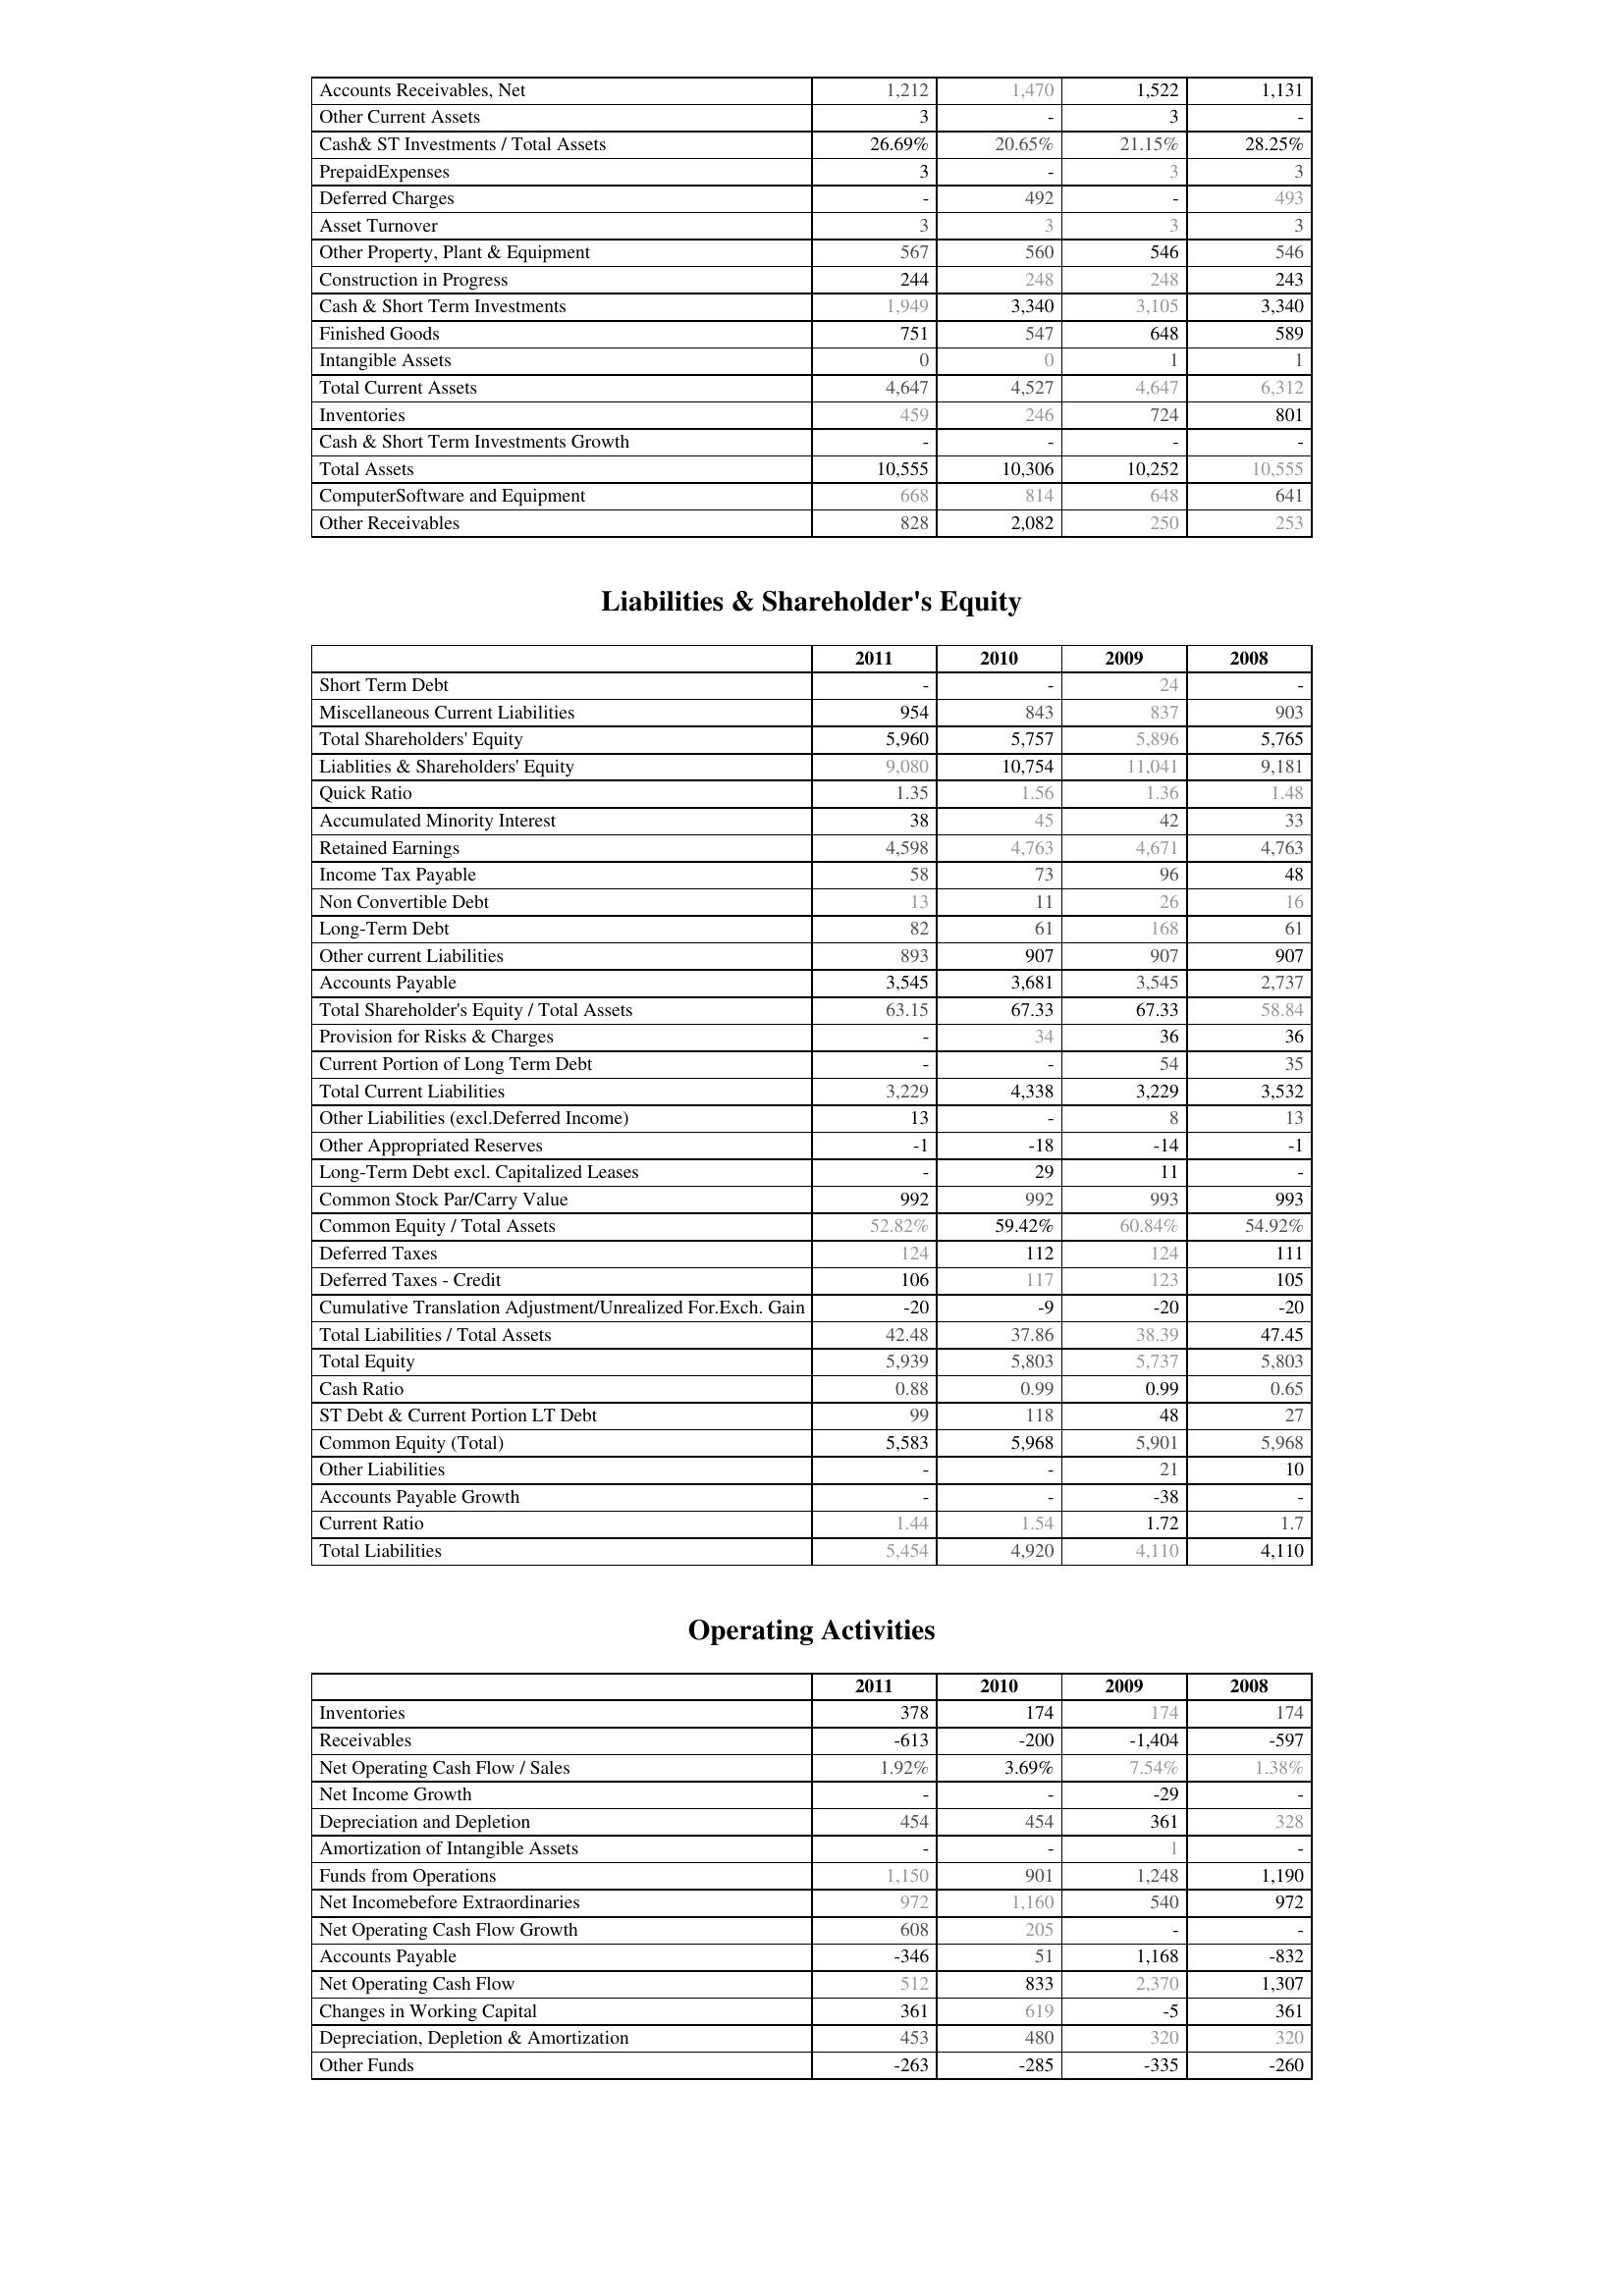
2011: Assets: Accounts Receivables, Net: 1,212
Other Current Assets: 3
Cash& ST Investments / Total Assets: 26.69%
PrepaidExpenses: 3
Deferred Charges: -
Asset Turnover: 3
Other Property, Plant & Equipment: 567
Construction in Progress: 244
Cash & Short Term Investments: 1,949
Finished Goods: 751
Intangible Assets: 0
Total Current Assets: 4,647
Inventories: 459
Cash & Short Term Investments Growth: -
Total Assets: 10,555
ComputerSoftware and Equipment: 668
Other Receivables: 828
Liabilities & Shareholder's Equity: Short Term Debt: -
Miscellaneous Current Liabilities: 954
Total Shareholders' Equity: 5,960
Liablities & Shareholders' Equity: 9,080
Quick Ratio: 1.35
Accumulated Minority Interest: 38
Retained Earnings: 4,598
Income Tax Payable: 58
Non Convertible Debt: 13
Long-Term Debt: 82
Other current Liabilities: 893
Accounts Payable: 3,545
Total Shareholder's Equity / Total Assets: 63.15
Provision for Risks & Charges: -
Current Portion of Long Term Debt: -
Total Current Liabilities: 3,229
Other Liabilities (excl.Deferred Income): 13
Other Appropriated Reserves: -1
Long-Term Debt excl. Capitalized Leases: -
Common Stock Par/Carry Value: 992
Common Equity / Total Assets: 52.82%
Deferred Taxes: 124
Deferred Taxes - Credit: 106
Cumulative Translation Adjustment/Unrealized For.Exch. Gain: -20
Total Liabilities / Total Assets: 42.48
Total Equity: 5,939
Cash Ratio: 0.88
ST Debt & Current Portion LT Debt: 99
Common Equity (Total): 5,583
Other Liabilities: -
Accounts Payable Growth: -
Current Ratio: 1.44
Total Liabilities: 5,454
Operating Activities: Inventories: 378
Receivables: -613
Net Operating Cash Flow / Sales: 1.92%
Net Income Growth: -
Depreciation and Depletion: 454
Amortization of Intangible Assets: -
Funds from Operations: 1,150
Net Incomebefore Extraordinaries: 972
Net Operating Cash Flow Growth: 608
Accounts Payable: -346
Net Operating Cash Flow: 512
Changes in Working Capital: 361
Depreciation, Depletion & Amortization: 453
Other Funds: -263
2010: Assets: Accounts Receivables, Net: 1,470
Other Current Assets: -
Cash& ST Investments / Total Assets: 20.65%
PrepaidExpenses: -
Deferred Charges: 492
Asset Turnover: 3
Other Property, Plant & Equipment: 560
Construction in Progress: 248
Cash & Short Term Investments: 3,340
Finished Goods: 547
Intangible Assets: 0
Total Current Assets: 4,527
Inventories: 246
Cash & Short Term Investments Growth: -
Total Assets: 10,306
ComputerSoftware and Equipment: 814
Other Receivables: 2,082
Liabilities & Shareholder's Equity: Short Term Debt: -
Miscellaneous Current Liabilities: 843
Total Shareholders' Equity: 5,757
Liablities & Shareholders' Equity: 10,754
Quick Ratio: 1.56
Accumulated Minority Interest: 45
Retained Earnings: 4,763
Income Tax Payable: 73
Non Convertible Debt: 11
Long-Term Debt: 61
Other current Liabilities: 907
Accounts Payable: 3,681
Total Shareholder's Equity / Total Assets: 67.33
Provision for Risks & Charges: 34
Current Portion of Long Term Debt: -
Total Current Liabilities: 4,338
Other Liabilities (excl.Deferred Income): -
Other Appropriated Reserves: -18
Long-Term Debt excl. Capitalized Leases: 29
Common Stock Par/Carry Value: 992
Common Equity / Total Assets: 59.42%
Deferred Taxes: 112
Deferred Taxes - Credit: 117
Cumulative Translation Adjustment/Unrealized For.Exch. Gain: -9
Total Liabilities / Total Assets: 37.86
Total Equity: 5,803
Cash Ratio: 0.99
ST Debt & Current Portion LT Debt: 118
Common Equity (Total): 5,968
Other Liabilities: -
Accounts Payable Growth: -
Current Ratio: 1.54
Total Liabilities: 4,920
Operating Activities: Inventories: 174
Receivables: -200
Net Operating Cash Flow / Sales: 3.69%
Net Income Growth: -
Depreciation and Depletion: 454
Amortization of Intangible Assets: -
Funds from Operations: 901
Net Incomebefore Extraordinaries: 1,160
Net Operating Cash Flow Growth: 205
Accounts Payable: 51
Net Operating Cash Flow: 833
Changes in Working Capital: 619
Depreciation, Depletion & Amortization: 480
Other Funds: -285
2009: Assets: Accounts Receivables, Net: 1,522
Other Current Assets: 3
Cash& ST Investments / Total Assets: 21.15%
PrepaidExpenses: 3
Deferred Charges: -
Asset Turnover: 3
Other Property, Plant & Equipment: 546
Construction in Progress: 248
Cash & Short Term Investments: 3,105
Finished Goods: 648
Intangible Assets: 1
Total Current Assets: 4,647
Inventories: 724
Cash & Short Term Investments Growth: -
Total Assets: 10,252
ComputerSoftware and Equipment: 648
Other Receivables: 250
Liabilities & Shareholder's Equity: Short Term Debt: 24
Miscellaneous Current Liabilities: 837
Total Shareholders' Equity: 5,896
Liablities & Shareholders' Equity: 11,041
Quick Ratio: 1.36
Accumulated Minority Interest: 42
Retained Earnings: 4,671
Income Tax Payable: 96
Non Convertible Debt: 26
Long-Term Debt: 168
Other current Liabilities: 907
Accounts Payable: 3,545
Total Shareholder's Equity / Total Assets: 67.33
Provision for Risks & Charges: 36
Current Portion of Long Term Debt: 54
Total Current Liabilities: 3,229
Other Liabilities (excl.Deferred Income): 8
Other Appropriated Reserves: -14
Long-Term Debt excl. Capitalized Leases: 11
Common Stock Par/Carry Value: 993
Common Equity / Total Assets: 60.84%
Deferred Taxes: 124
Deferred Taxes - Credit: 123
Cumulative Translation Adjustment/Unrealized For.Exch. Gain: -20
Total Liabilities / Total Assets: 38.39
Total Equity: 5,737
Cash Ratio: 0.99
ST Debt & Current Portion LT Debt: 48
Common Equity (Total): 5,901
Other Liabilities: 21
Accounts Payable Growth: -38
Current Ratio: 1.72
Total Liabilities: 4,110
Operating Activities: Inventories: 174
Receivables: -1,404
Net Operating Cash Flow / Sales: 7.54%
Net Income Growth: -29
Depreciation and Depletion: 361
Amortization of Intangible Assets: 1
Funds from Operations: 1,248
Net Incomebefore Extraordinaries: 540
Net Operating Cash Flow Growth: -
Accounts Payable: 1,168
Net Operating Cash Flow: 2,370
Changes in Working Capital: -5
Depreciation, Depletion & Amortization: 320
Other Funds: -335
2008: Assets: Accounts Receivables, Net: 1,131
Other Current Assets: -
Cash& ST Investments / Total Assets: 28.25%
PrepaidExpenses: 3
Deferred Charges: 493
Asset Turnover: 3
Other Property, Plant & Equipment: 546
Construction in Progress: 243
Cash & Short Term Investments: 3,340
Finished Goods: 589
Intangible Assets: 1
Total Current Assets: 6,312
Inventories: 801
Cash & Short Term Investments Growth: -
Total Assets: 10,555
ComputerSoftware and Equipment: 641
Other Receivables: 253
Liabilities & Shareholder's Equity: Short Term Debt: -
Miscellaneous Current Liabilities: 903
Total Shareholders' Equity: 5,765
Liablities & Shareholders' Equity: 9,181
Quick Ratio: 1.48
Accumulated Minority Interest: 33
Retained Earnings: 4,763
Income Tax Payable: 48
Non Convertible Debt: 16
Long-Term Debt: 61
Other current Liabilities: 907
Accounts Payable: 2,737
Total Shareholder's Equity / Total Assets: 58.84
Provision for Risks & Charges: 36
Current Portion of Long Term Debt: 35
Total Current Liabilities: 3,532
Other Liabilities (excl.Deferred Income): 13
Other Appropriated Reserves: -1
Long-Term Debt excl. Capitalized Leases: -
Common Stock Par/Carry Value: 993
Common Equity / Total Assets: 54.92%
Deferred Taxes: 111
Deferred Taxes - Credit: 105
Cumulative Translation Adjustment/Unrealized For.Exch. Gain: -20
Total Liabilities / Total Assets: 47.45
Total Equity: 5,803
Cash Ratio: 0.65
ST Debt & Current Portion LT Debt: 27
Common Equity (Total): 5,968
Other Liabilities: 10
Accounts Payable Growth: -
Current Ratio: 1.7
Total Liabilities: 4,110
Operating Activities: Inventories: 174
Receivables: -597
Net Operating Cash Flow / Sales: 1.38%
Net Income Growth: -
Depreciation and Depletion: 328
Amortization of Intangible Assets: -
Funds from Operations: 1,190
Net Incomebefore Extraordinaries: 972
Net Operating Cash Flow Growth: -
Accounts Payable: -832
Net Operating Cash Flow: 1,307
Changes in Working Capital: 361
Depreciation, Depletion & Amortization: 320
Other Funds: -260